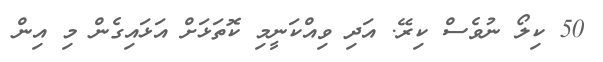
50 ކިލޯ ނުވެސް ކިރޭ. އަދި ވިއްކަނީމި ކޮތަޅަށް އަޅައިގެން މި އިން